Vaccination North-Western Provinces and Oudh 1878-1895 - 1878-1895
Year: 1878
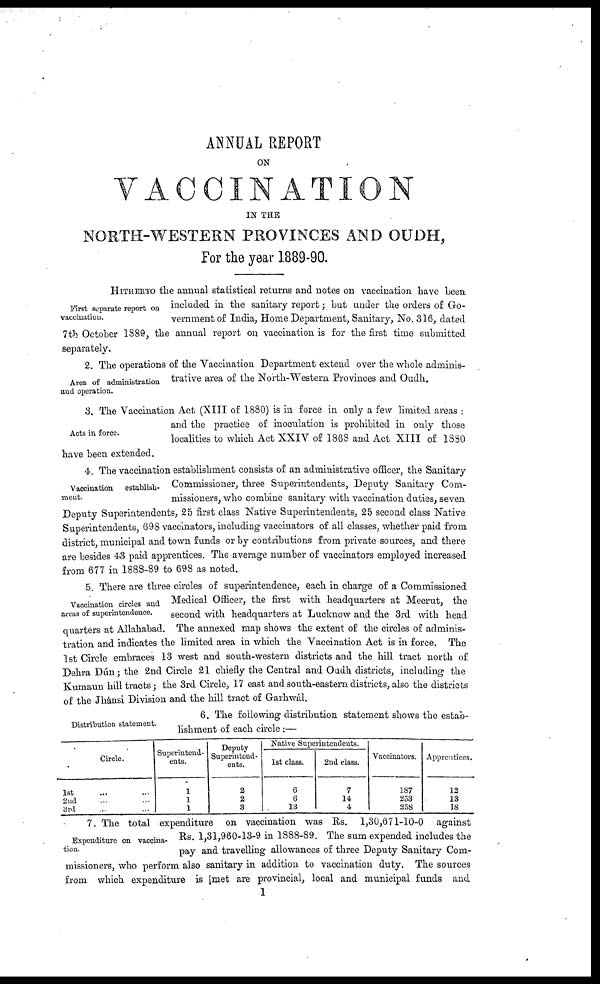
ANNUAL REPORT
ON
VACCINATION
IN THE
NORTH-WESTERN PROVINCES AND OUDH,
For the year 1889-90.
First separate report on
vaccination.
HITHERTO the annual statistical returns and notes on vaccination have been
included in the sanitary report; but under the orders of Go-
vernment of India, Home Department, Sanitary, No. 316, dated
7th October 1889, the annual report on vaccination is for the first time submitted
separately.
Area of administration
and operation.
2. The operations of the Vaccination Department extend over the whole adminis-
trative area of the North-Western Provinces and Oudh.
Acts in force.
3. The Vaccination Act (XIII of 1880) is in force in only a few limited areas :
and the practice of inoculation is prohibited in only those
localities to which Act XXIV of 1868 and Act XIII of 1880
have been extended.
Vaccination
establish-
ment.
4. The vaccination establishment consists of an administrative officer, the Sanitary
Commissioner, three Superintendents, Deputy Sanitary Com-
missioners, who combine sanitary with vaccination duties, seven
Deputy Superintendents, 25 first class Native Superintendents, 25 second class Native
Superintendents, 698 vaccinators, including vaccinators of all classes, whether paid from
district municipal and town funds or by contributions from private sources, and there
are besides 43 paid apprentices. The average number of vaccinators employed increased
from 677 in 1888-89 to 698 as noted.
Vaccination circles and
areas of superintendence.
5. There are three circles of superintendence, each in charge of a Commissioned
Medical Officer, the first with headquarters at Meerut, the
second with headquarters at Lucknow and the 3rd with head
quarters at Allahabad. The annexed map shows the extent of the circles of adminis-
tration and indicates the limited area in which the Vaccination Act is in force. The
1st Circle embraces 13 west and south-western districts and the hill tract north of
Dehra Dún; the 2nd Circle 21 chiefly the Central and Oudh districts, including the
Kumaun hill tracts; the 3rd Circle, 17 east and south-eastern districts, also the districts
of the Jhánsi Division and the hill tract of Garhwál.
Distribution statement.
6. The following distribution statement shows the estab-
lishment of each circle :—
Circle.
1st ... ...
2nd ... ...
3rd ... ...
Superintend-
ents.
1
1
1
Deputy
Superintend-
ents.
2
2
3
Native Superintendents.
1st class.
6
6
13
2nd class.
7
14
4
Vaccinators.
187
253
258
Apprentices.
12
13
18
Expenditure on vaccina-
tion.
7. The total expenditure on vaccination was Rs. 1,30,671-10-0 against
Rs. 1,31,960-13-9 in 1888-89. The sum expended includes the
pay and travelling allowances of three Deputy Sanitary Com-
missioners, who perform also sanitary in addition to vaccination duty. The sources
from which expenditure is met are provincial, local and municipal funds and
1